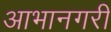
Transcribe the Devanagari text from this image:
आभानगरी